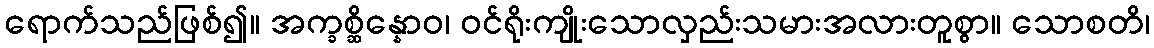
ရောက်သည်ဖြစ်၍။ အက္ခစ္ဆိန္နောဝ၊ ဝင်ရိုးကျိုးသောလှည်းသမားအလားတူစွာ။ သောစတိ၊